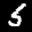
Label: 5